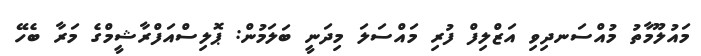
މައުލޫމާތު މުއްސަނދިވި އަޒްލިފް ފުރި މައްސަލަ މިދަނީ ބަލަމުން: ޕޮލިސްއަފްރާޝީމްގެ މަރާ ބެހޭ